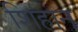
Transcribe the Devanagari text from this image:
शिहान